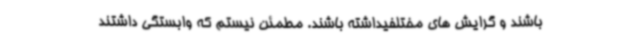
باشند و گرایش های مختلفیداشته باشند. مطمئن نیستم که وابستگی داشتند